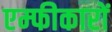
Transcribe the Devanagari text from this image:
एम्फीकारों